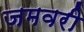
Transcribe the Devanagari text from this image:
जमवरी